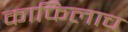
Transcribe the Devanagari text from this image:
काफिलाच